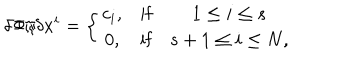
\delta \Phi / \delta x ^ { i } = \left\{ \begin{array} { c c c } { { c _ { i } , } } & { { \mathrm { i f } } } & { { 1 \leq i \leq s \nonumber } } \\ { { 0 , } } & { { \mathrm { i f } } } & { { s + 1 \leq i \leq N , } } \\ \end{array} \right.